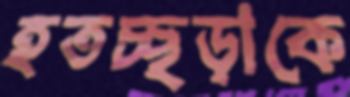
হতচ্ছড়াকে